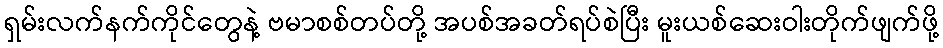
ရှမ်းလက်နက်ကိုင်တွေနဲ့ ဗမာစစ်တပ်တို့ အပစ်အခတ်ရပ်စဲပြီး မူးယစ်ဆေးဝါးတိုက်ဖျက်ဖို့